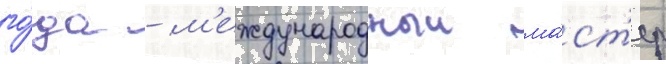
го́да - м'еждународныи ма́ст'ер